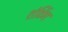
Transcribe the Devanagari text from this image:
शंटिंग